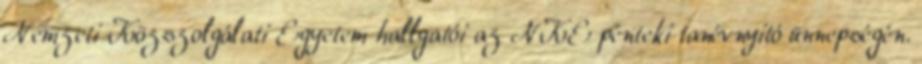
Nemzeti Közszolgálati Egyetem hallgatói az NKE pénteki tanévnyitó ünnepségén.